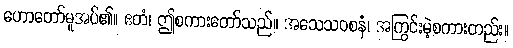
ဟောတော်မူအပ်၏။ ဧတံ၊ ဤစကားတော်သည်။ အသေသဝစနံ၊ အကြွင်းမဲ့စကားတည်း။